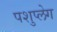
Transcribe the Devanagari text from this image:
पशुप्लेग